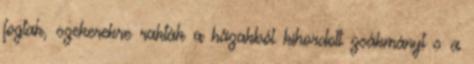
fogtak, szekerekre rakták a házakból kihordott zsákmányt s a